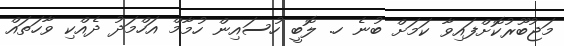
މަޖުބޫރުކޮށްފައިވާ ކަމަށް ބުނެ ހ. ލޮބީ ހުސައިން ހުމާމް އަހްމަދު ދެއްކި ވާހަތައް